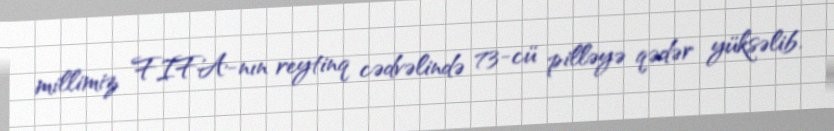
millimiz FIFA-nın reytinq cədvəlində 73-cü pilləyə qədər yüksəlib.